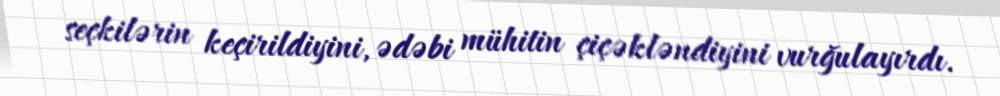
seçkilərin keçirildiyini, ədəbi mühitin çiçəkləndiyini vurğulayırdı.